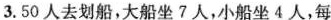
3.50人去划船，大船坐7人，小船坐4人，每